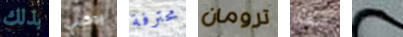
بذلك يمكنني محترفة ترومان سفك نقالة